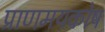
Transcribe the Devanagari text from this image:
प्राणमयकोष